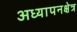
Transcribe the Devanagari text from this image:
अध्यापनक्षेत्र